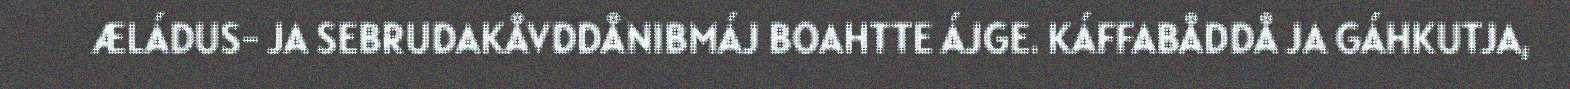
ÆLÁDUS- JA SEBRUDAKÅVDDÅNIBMÁJ BOAHTTE ÁJGE. KÁFFABÅDDÅ JA GÁHKUTJA,